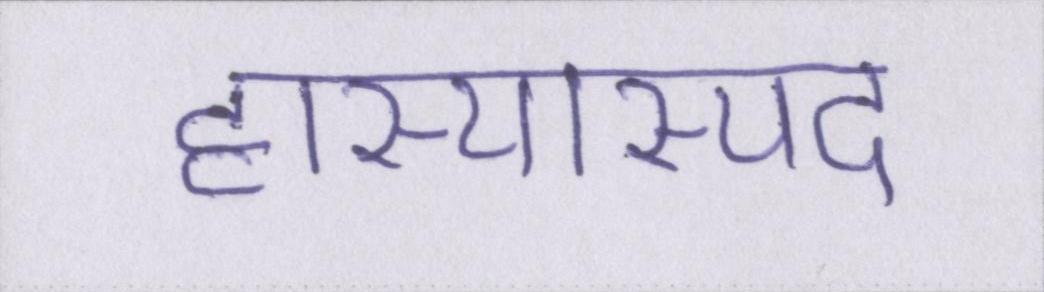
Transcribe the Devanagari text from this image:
हास्यास्पद